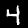
Digit: 4